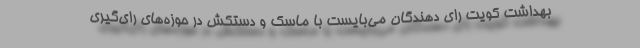
بهداشت کویت رای دهندگان می‌بایست با ماسک و دستکش در حوزه‌های رای‌گیری